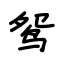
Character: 鸳